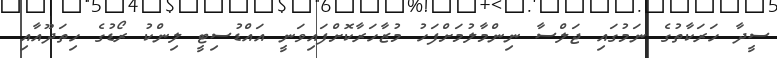
ސީދާ ހަރަކާތުގެ ނަމުގައި ޖަލްސާ ނިންމާލުމަށްފަހު މުޒާހަރާކޮށްފައިވަނީ އައްޑުސިޓީ ލިންކު ރޯޑުގެ ހިތަދޫއާއި